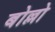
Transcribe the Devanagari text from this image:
बोल्लो